Report on vaccination in Madras 1922-1929 - 1922-1929
Year: 1922
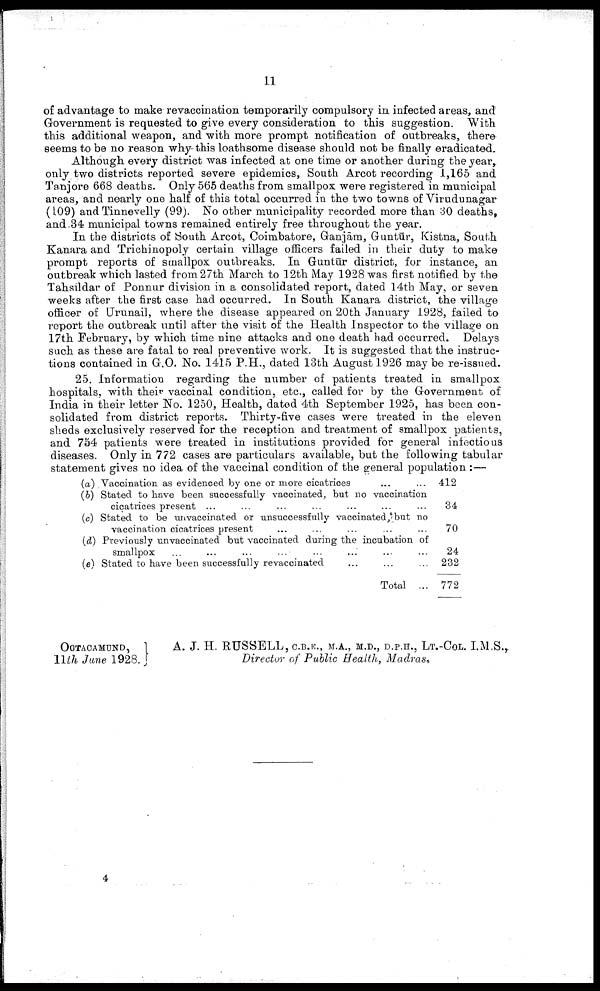
11
of advantage to make revaccination temporarily compulsory in infected areas, and
Government is requested to give every consideration to this suggestion. With
this additional weapon, and with more prompt notification of outbreaks, there
seems to be no reason why-this loathsome disease should not be finally eradicated.
Although every district was infected at one time or another during the year,
only two districts reported severe epidemics, South Arcot recording 1,165 and
Tanjore 668 deaths. Only 565 deaths from smallpox were registered in municipal
areas, and nearly one half of this total occurred in the two towns of Virudunagar
(109) and Tinnevelly (99). No other municipality recorded more than 30 deaths,
and-34 municipal towns remained entirely free throughout the year.
In the districts of South Arcot, Coimbatore, Ganjām, Guntūr, Kistna, South
Kanara and Trichinopoly certain village officers failed in their duty to make
prompt reports of smallpox outbreaks. In Guntūr district, for instance, an
outbreak which lasted from 27th March to 12th May 1928 was first notified by the
Tahsildar of Ponnur division in a consolidated report, dated 14th May, or seven
weeks after the first case had occurred. In South Kanara district, the village
officer of Urunail, where the disease appeared on 20th January 1928, failed to
report the outbreak until after the visit of the Health Inspector to the village on
17th February, by which time nine attacks and one death had occurred. Delays
such as these are fatal to real preventive work. It is suggested that the instruc
tions contained in G.O. No. 1415 P.H., dated 13th August 1926 may be re-issued.
25. Information regarding the number of patients treated in smallpox
hospitals, with their vaccinal condition, etc., called for by the Government of
India in their letter No. 1250, Health, dated 4th September 1925, has been con
solidated from district reports. Thirty-five cases were treated in the eleven
sheds exclusively reserved for the reception and treatment of smallpox patients,
and 754 patients were treated in institutions provided for general infectious
diseases. Only in 772 cases are particulars available, but the following tabular
statement gives no idea of the vaccinal condition of the general population :—
(a) Vaccination as evidenced by one or more cicatrices ... ...
(b) Stated to have been successfully vaccinated, but no vaccination
cicatrices present ... ... ... ... ... ... ...
(c) Stated to be unvaccinated or unsuccessfully vaccinated,but no
vaccination cicatrices present ... ... ... ... ...
(d) Previously unvaccinated but vaccinated during the incubation of
smallpox ... ... ... ... ... ... ...
(e) Stated to have been successfully revaccinated ... ... ... ...
Total ...
412
34
70
24
232
772
OOTACAMUND,
11th June 1928.
A. J. H. RUSSELL, C.B.K., M.A., M.D., D.P.H., LT.-COL. I.M.S.,
Director of Public Health, Madras,
4